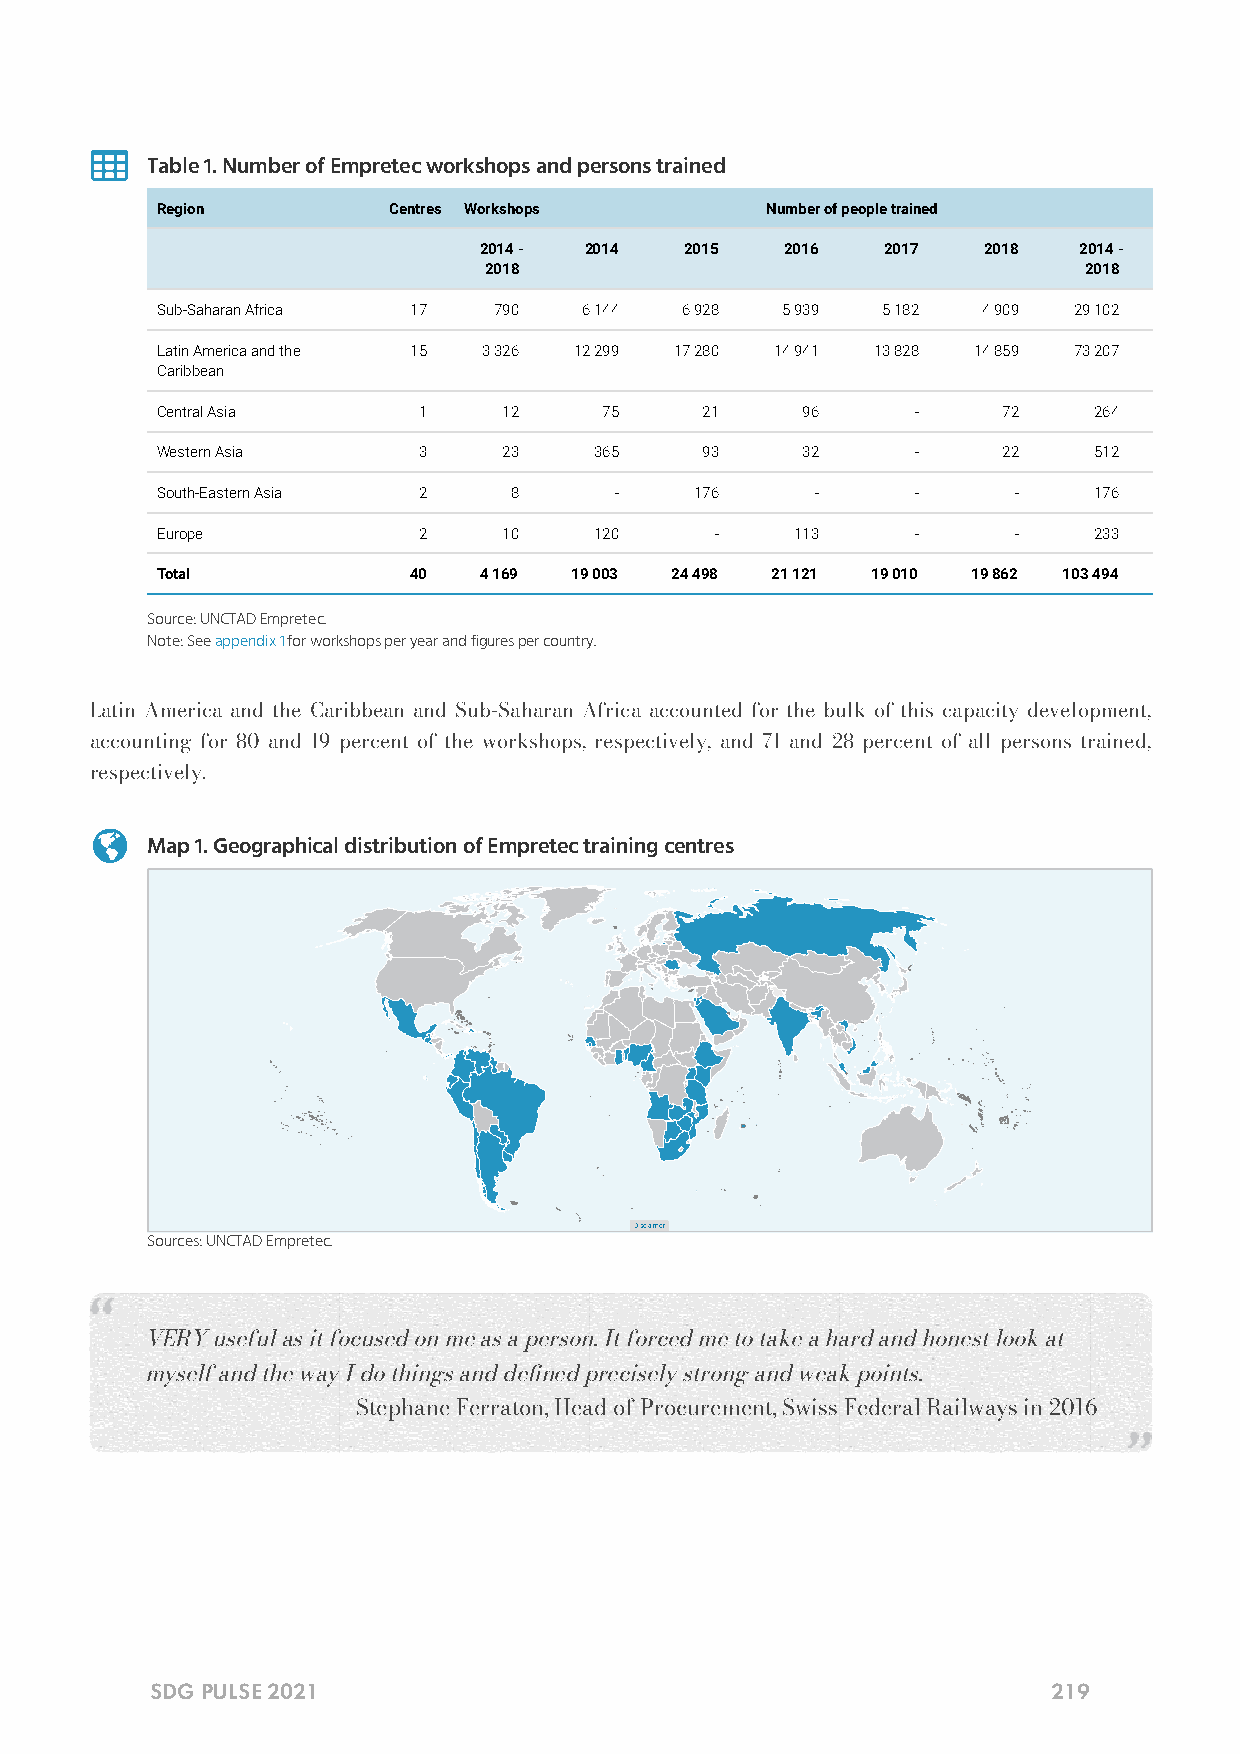

 Table 1. Number of Empretec workshops and persons trained
 Region          Centres Workshops        Number of people trained
 2014 - 2014  2015   2016   2017  2018  2014 -
 2018                                    2018
 Sub-Saharan Africa 17  790   6 144 6 928  5 939 5 182  4 909 29 102
 Latin America and the 15 3 326 12 299 17 280 14 941 13 828 14 859 73 207
 Caribbean
 Central Asia      1    12     75    21     96      -    72    264
 Western Asia      3    23    365    93     32      -    22    512
 South-Eastern Asia 2    8      -    176     -      -     -    176
 Europe            2    10    120     -     113     -     -    233
 Total            40   4 169 19 003 24 498 21 121 19 010 19 862 103 494
 Source: UNCTAD Empretec.
 Note: See appendix 1 for workshops per year and figures per country.
 Latin America and the Caribbean and Sub-Saharan Africa accounted for the bulk of this capacity development,
 accounting for 80 and 19 percent of the workshops, respectively, and 71 and 28 percent of all persons trained,
 respectively.
 
 Map 1. Geographical distribution of Empretec training centres
 Disclaimer
 Sources: UNCTAD Empretec.
 VERY useful as it focused on me as a person. It forced me to take a hard and honest look at
 myself and the way I do things and dened precisely strong and weak points.
 — Stephane Ferraton, Head of Procurement, Swiss Federal Railways in 2016
 SDG PULSE 2021                                              219